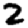
Digit: 2